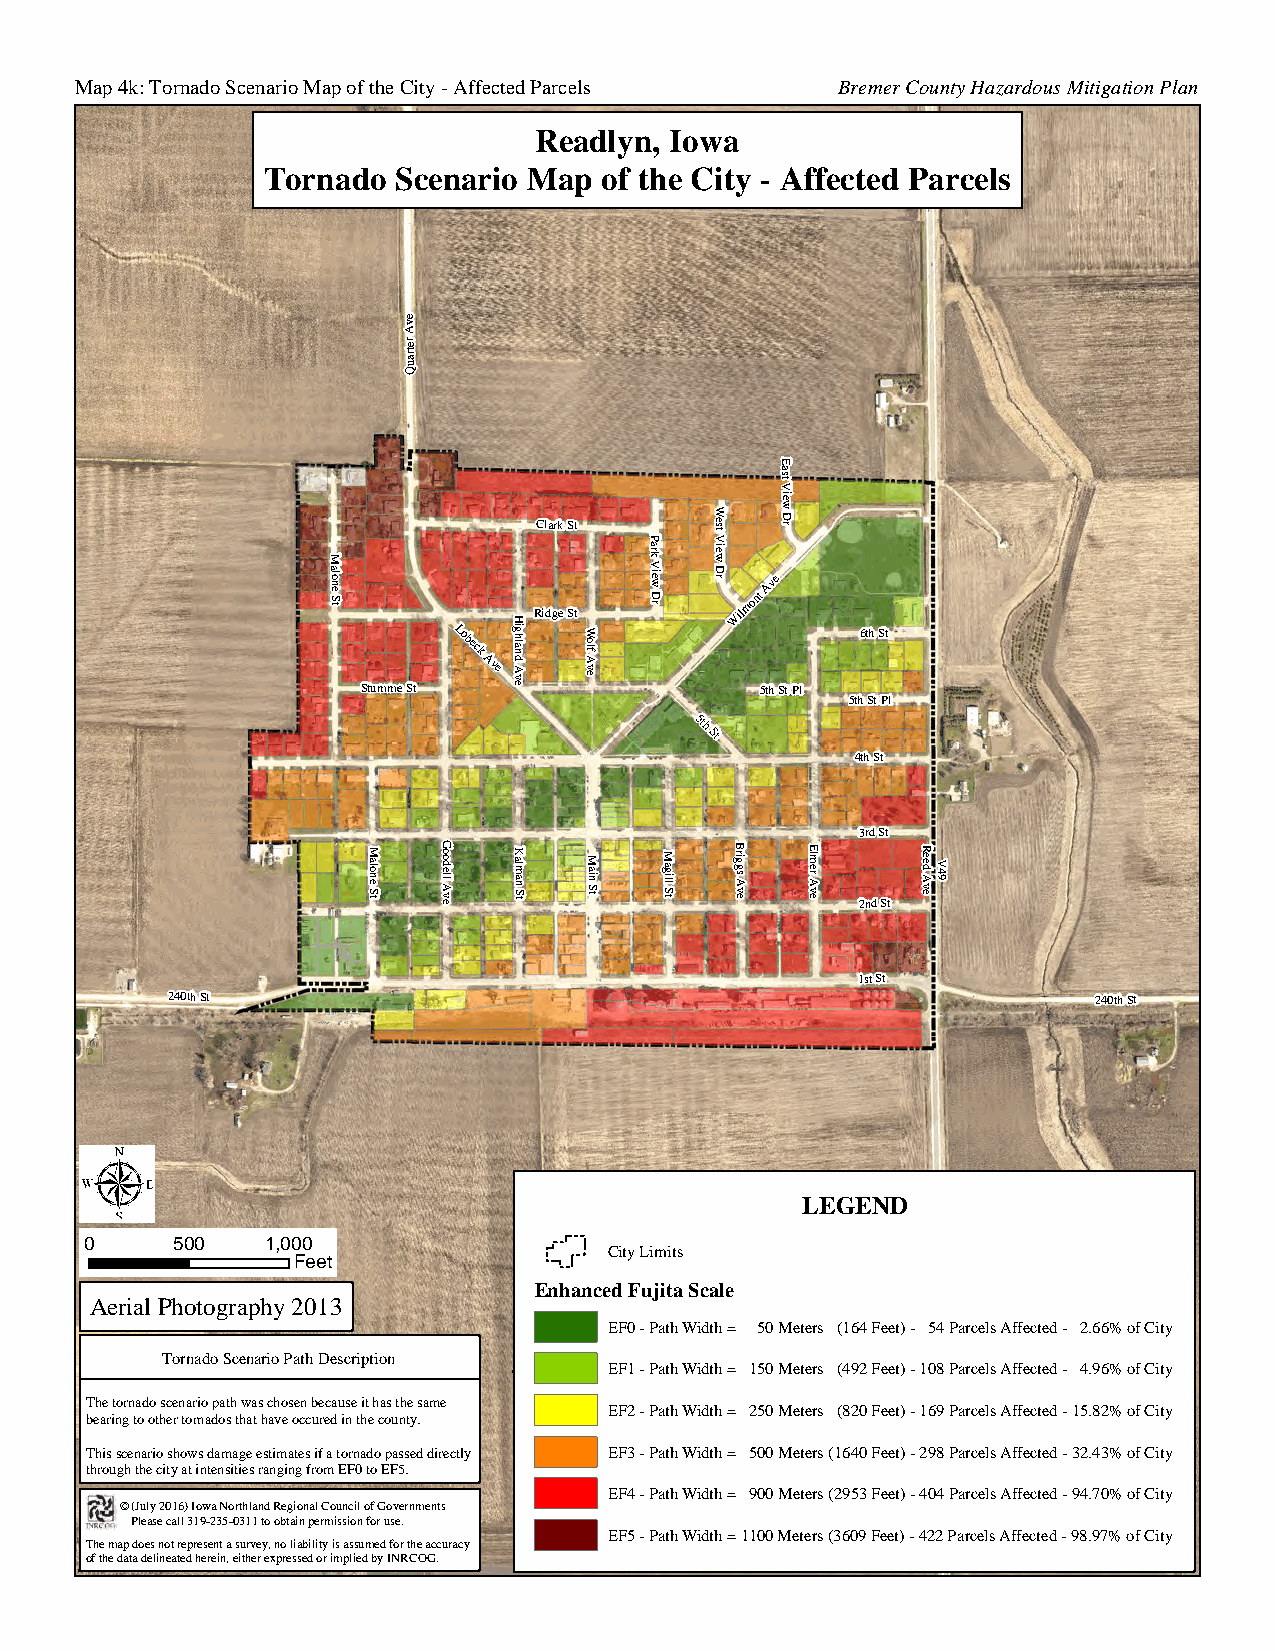
Map 4k: Tornado Scenario Map of the City - Affected Parcels Bremer County Hazardous Mitigation Plan
 Readlyn, Iowa
 Tornado  Scenario Map  of the City - Affected Parcels
 evA
 retrauQ
 E
 ast
 V
 Clark St
 P
 W est
 V
 iew
 D r
 M
 alon
 e S t
 H
 Ridge St
 ark
 V iew
 D r
 iew
 D r
 Wilmont
 Ave
 Stumme St
 Lobeck
 Ave
 ig
 hlan
 d
 A
 ve
 W
 o
 lf
 A
 ve
 5th St Pl
 6th St
 5th St Pl
 5th
 St
 4th St
 3rd St
 M alon e S t G ood ell A v e K alm an S t M ain S t M agill S t B rig gs A v e E lm er A ve 2nd St R eed A veV 49
 1st St
 240th St                                                      240th St
 LEGEND
 0    500    1,000
 City Limits
 Feet
 Enhanced Fujita Scale
 Aerial Photography 2013
 EF0 - Path Width = 50 Meters (164 Feet) - 54 Parcels Affected - 2.66% of City
 Tornado Scenario Path Description
 EF1 - Path Width = 150 Meters (492 Feet) - 108 Parcels Affected - 4.96% of City
 The tornado scenario path was chosen because it has the same
 EF2 - Path Width = 250 Meters (820 Feet) - 169 Parcels Affected - 15.82% of City
 bearing to other tornados that have occured in the county.
 This scenario shows damage estimates if a tornado passed directly EF3 - Path Width = 500 Meters (1640 Feet) - 298 Parcels Affected - 32.43% of City
 through the city at intensities ranging from EF0 to EF5.
 EF4 - Path Width = 900 Meters (2953 Feet) - 404 Parcels Affected - 94.70% of City
 © (July 2016) Iowa Northland Regional Council of Governments
 Please call 319-235-0311 to obtain permission for use.
 EF5 - Path Width = 1100 Meters (3609 Feet) - 422 Parcels Affected - 98.97% of City
 The map does not represent a survey, no liability is assumed for the accuracy
 of the data delineated herein, either expressed or implied by INRCOG.